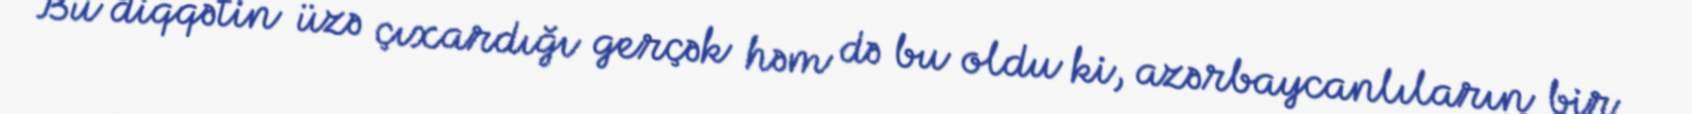
Bu diqqətin üzə çıxardığı gerçək həm də bu oldu ki, azərbaycanlıların bir